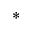
^ \ast